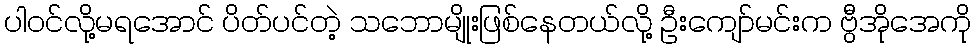
ပါဝင်လို့မရအောင် ပိတ်ပင်တဲ့ သဘောမျိုးဖြစ်နေတယ်လို့ ဦးကျော်မင်းက ဗွီအိုအေကို